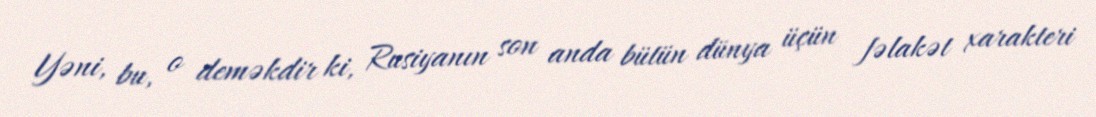
Yəni, bu, o deməkdir ki, Rusiyanın son anda bütün dünya üçün fəlakət xarakteri